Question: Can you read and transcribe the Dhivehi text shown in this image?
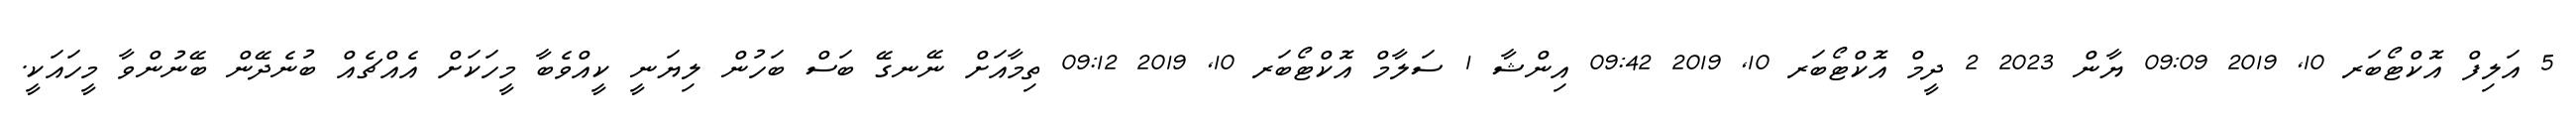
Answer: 5 އަލިފް އޮކްޓޯބަރ 10, 2019 09:09 ޔާން 2023 2 ދީމް އޮކްޓޯބަރ 10, 2019 09:42 އިންޝާ 1 ސަލާމް އޮކްޓޯބަރ 10, 2019 09:12 ތިމާއަށް ނޭނގޭ ބަސް ބަހުން ލިޔަނީ ކީއްވެބާ މީހަކަށް އެއްޗެއް ބުނެދޭން ބޭނުންވާ މީހައަކީ.